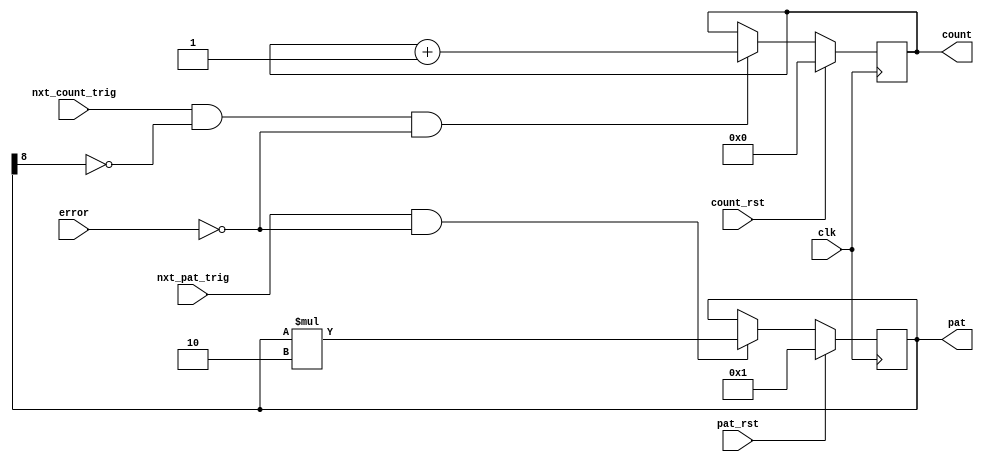
`timescale 1ns / 1ps
//////////////////////////////////////////////////////////////////////////////////
// Company: 
// Engineer: 
// 
// Design Name: 
// Module Name: Pattern
// Project Name: 
// Target Devices: 
// Tool Versions: 
// Description: 
// 
// Dependencies: 
// 
// Revision:
// Revision 0.01 - File Created
// Additional Comments:
// 
//////////////////////////////////////////////////////////////////////////////////


module Pattern( clk, count_rst, pat_rst, nxt_pat_trig,
 nxt_count_trig, error, pat, count);
     input clk;
     input count_rst;
     input pat_rst;
     input nxt_pat_trig;
     input nxt_count_trig;
     input error;
     output reg [8:0] pat;
     output reg [10:0] count;
     
     always @ (posedge clk)
     begin
        if (count_rst)
        begin
            count = 0;
        end
        else if (nxt_count_trig & ~pat[8] & ~error)
        begin
            count <= count + 1;
        end
        
        if (pat_rst)
        begin
            pat = 1;
        end
        else if (nxt_pat_trig & ~error)
        begin
            pat <= pat*2;
        end
     end
     
endmodule